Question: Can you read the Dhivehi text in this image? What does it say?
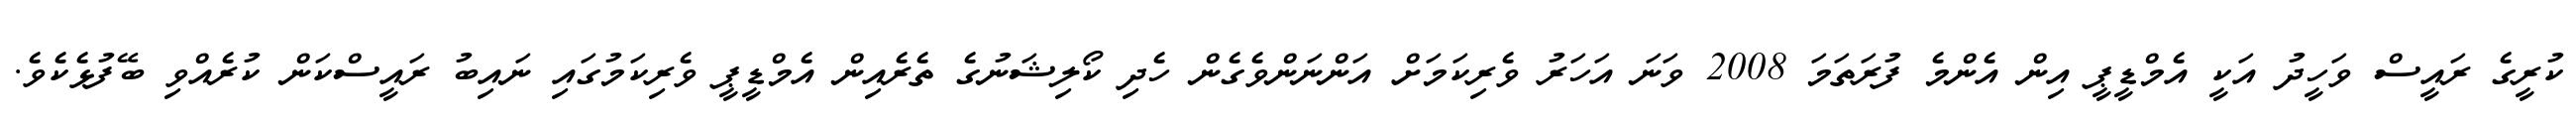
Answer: ކުރީގެ ރައީސް ވަހީދު އަކީ އެމްޑީޕީ އިން އެންމެ ފުރަތަމަ 2008 ވަނަ އަހަރު ވެރިކަމަށް އަންނަންވެގެން ހެދި ކޯލިޝަނުގެ ތެރެއިން އެމްޑީޕީ ވެރިކަމުގައި ނައިބު ރައީސްކަން ކުރެއްވި ބޭފުޅެކެވެ.